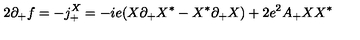
2 \partial _ { + } f = - j _ { + } ^ { X } = - i e ( X \partial _ { + } X ^ { * } - X ^ { * } \partial _ { + } X ) + 2 e ^ { 2 } A _ { + } X X ^ { * }